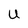
Character: U